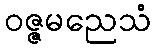
ဝဇ္ဇမညေသံ